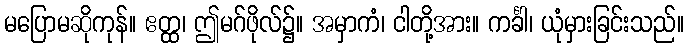
မပြောမဆိုကုန်။ ဧတ္ထ၊ ဤမဂ်ဖိုလ်၌။ အမှာကံ၊ ငါတို့အား။ ကင်္ခါ၊ ယုံမှားခြင်းသည်။